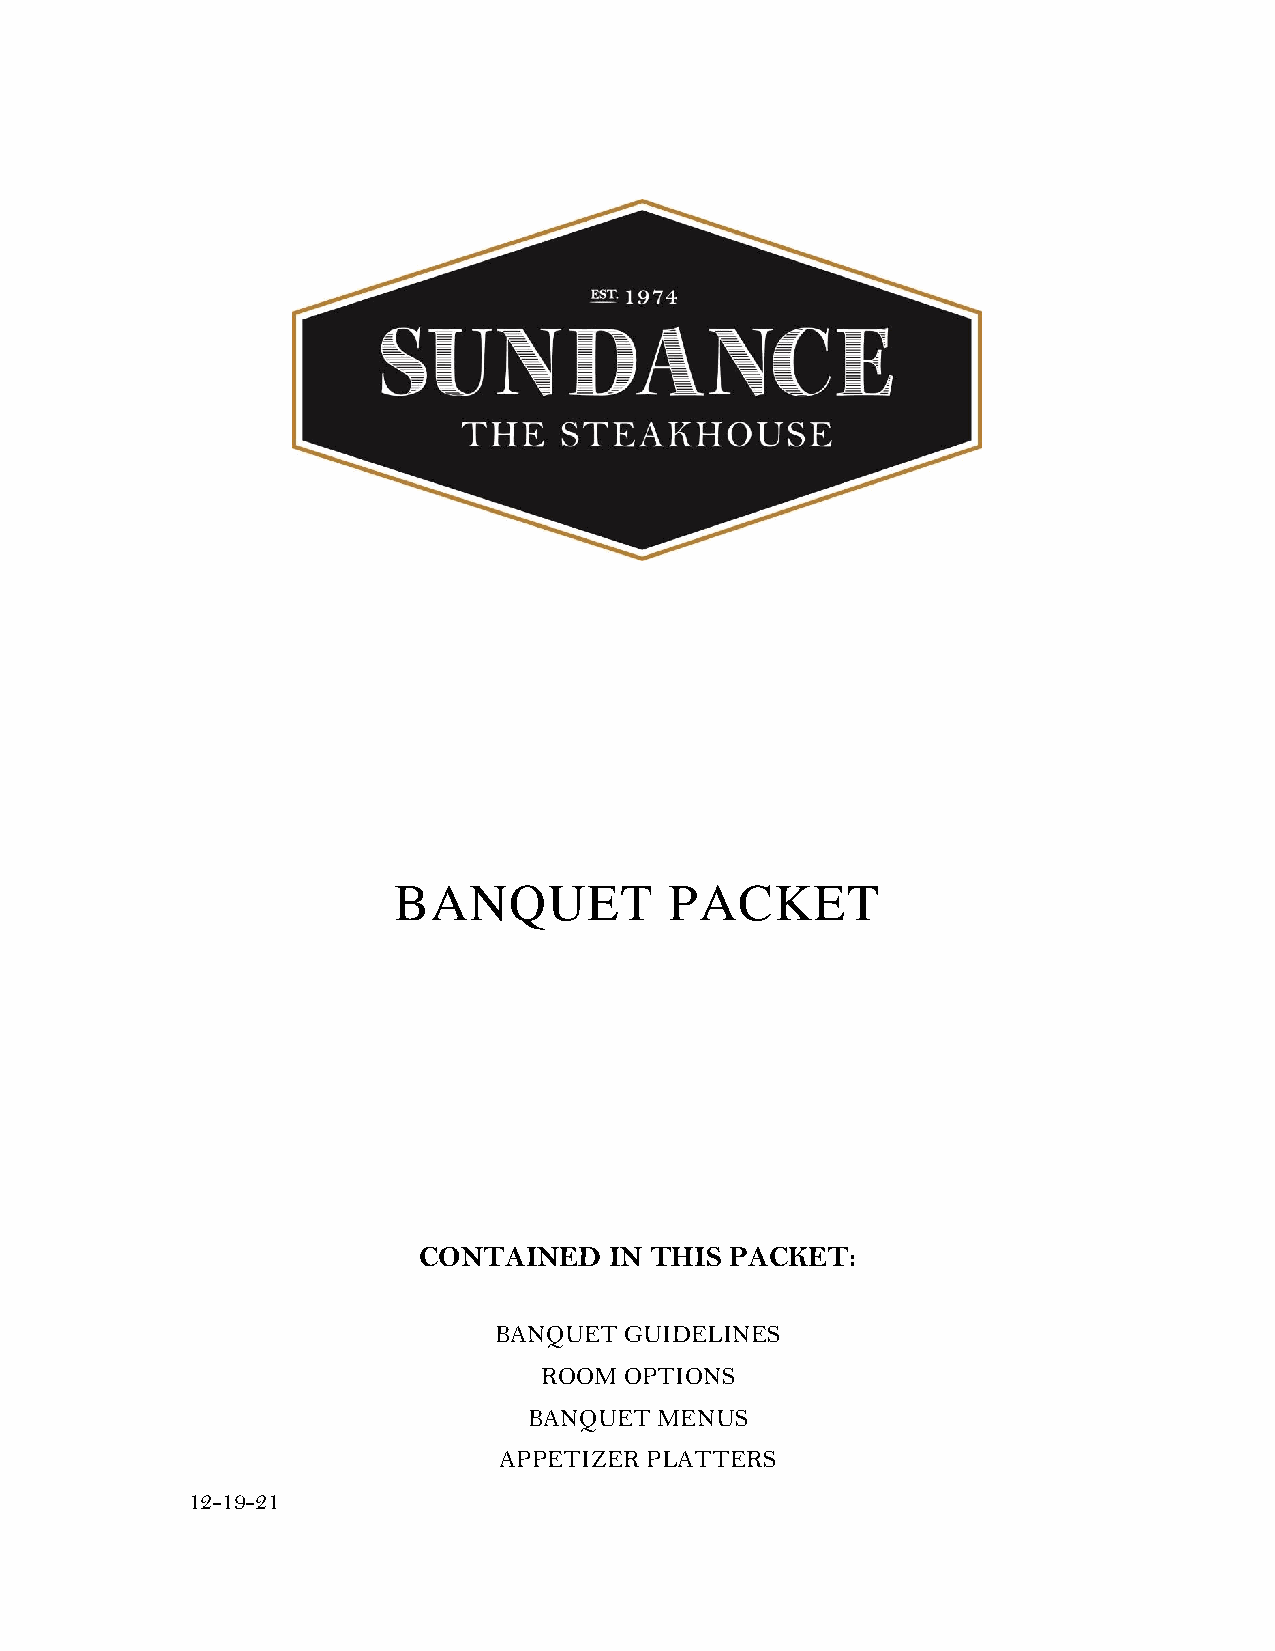
BANQUET           PACKET
 CONTAINED   IN THIS PACKET:
 BANQUET GUIDELINES
 ROOM OPTIONS
 BANQUET  MENUS
 APPETIZER PLATTERS
 12-19-21